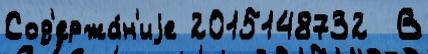
Сод'ержа́н'иjе 2015148732  В